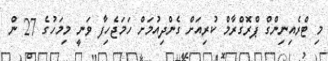
މި ޓްރެއިނިންގް ޕްރޮގްރާމް ކުރިއަށް ގެންދިއުމަށް ހަމަޖެހިފާ ވަނީ މިމަހުގެ 27 ން